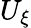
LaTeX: U_{\xi}